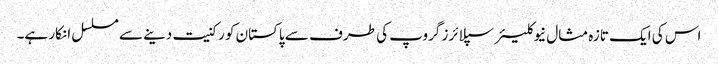
اس کی ایک تازہ مثال نیوکلیئر سپلائرز گروپ کی طرف سے پاکستان کو رکنیت دینے سے مسلسل انکار ہے۔